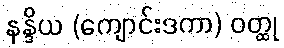
နန္ဒိယ (ကျောင်းဒကာ) ဝတ္ထု